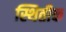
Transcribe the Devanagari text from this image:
स्थितीक